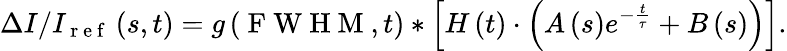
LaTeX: \Delta I/I_{\mathrm{~r~e~f~}}\left(s,t\right)=g\left(\mathrm{~F~W~H~M~},t\right)\ast\left[H\left(t\right)\cdot\left(A\left(s\right)e^{-\frac{t}{\tau}}+B\left(s\right)\right)\right].